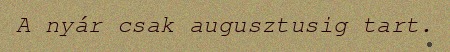
A nyár csak augusztusig tart.